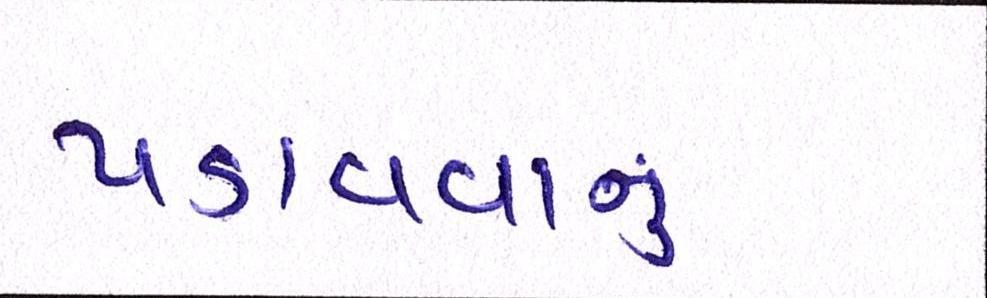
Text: પડાવવાનું